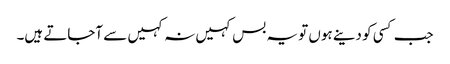
جب کسی کو دینے ہوں تو یہ بس کہیں نہ کہیں سے آجاتے ہیں۔